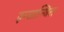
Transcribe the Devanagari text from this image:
इन्सान्यित